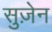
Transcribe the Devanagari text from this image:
सुज़ेन